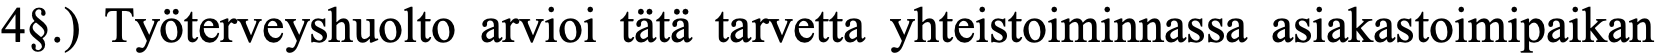
4§.) Työterveyshuolto arvioi tätä tarvetta yhteistoiminnassa asiakastoimipaikan